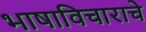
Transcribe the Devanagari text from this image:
भाषाविचाराचे